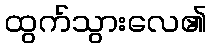
ထွက်သွားလေ၏